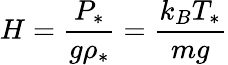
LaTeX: H=\frac{P_{*}}{g\rho_{*}}=\frac{k_{B}T_{*}}{mg}